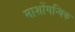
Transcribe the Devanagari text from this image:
माशोंगन्यिक